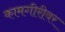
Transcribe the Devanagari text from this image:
कामगीरीवर